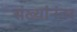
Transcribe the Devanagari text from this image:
संख्यांनंतर